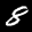
Digit: 8